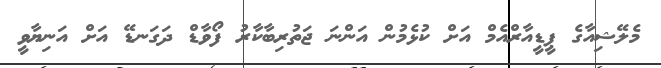
މެލޭޝިއާގެ ޕީޑީއާރްއެމް އަށް ކުޅެމުން އަންނަ ޖަތުރިބާކާރު ފޯވާޑް ދަަގަނޑޭ އަށް އަނިޔާވީ